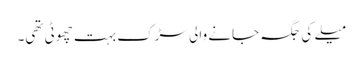
میلے کی جگہ جانے والی سڑک بہت چھوٹی تھی۔